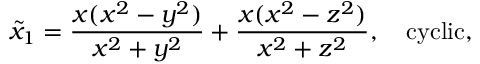
\tilde { x } _ { 1 } = \frac { x ( x ^ { 2 } - y ^ { 2 } ) } { x ^ { 2 } + y ^ { 2 } } + \frac { x ( x ^ { 2 } - z ^ { 2 } ) } { x ^ { 2 } + z ^ { 2 } } , \ \ \ \mathrm { c y c l i c } ,